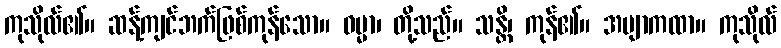
ကုသိုလ်၏။ ဆန့်ကျင်ဘက်ဖြစ်ကုန်သော။ ဓမ္မာ၊ တို့သည်။ သန္တိ၊ ကုန်၏။ အဗျာကထာ။ ကုသိုလ်